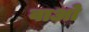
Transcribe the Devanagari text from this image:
वाओ